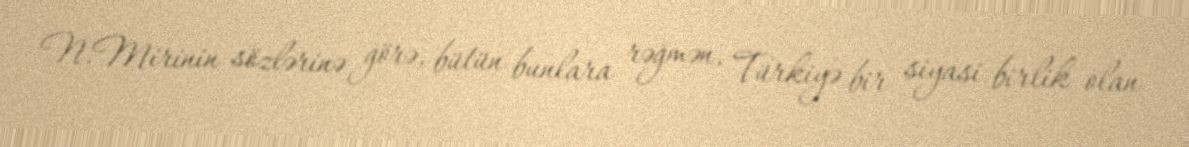
N.Mirinin sözlərinə görə, bütün bunlara rəğmən, Türkiyə bir siyasi birlik olan